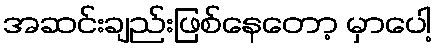
အဆင်းချည်းဖြစ်နေတော့ မှာပေါ့